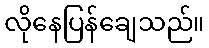
လိုနေပြန်ချေသည်။